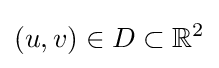
(u,v)\in D\subset \mathbb {R} ^{2}